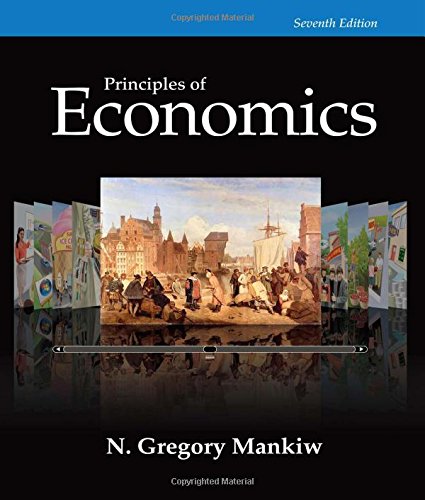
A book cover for Principles of Economics, 7th Edition; N. Gregory Mankiw; Education & Teaching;